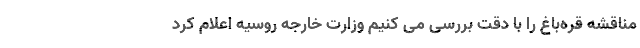
مناقشه قره‌باغ را با دقت بررسی می کنیم وزارت خارجه روسیه اعلام کرد